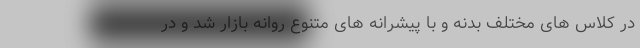
در کلاس های مختلف بدنه و با پیشرانه های متنوع روانه بازار شد و در